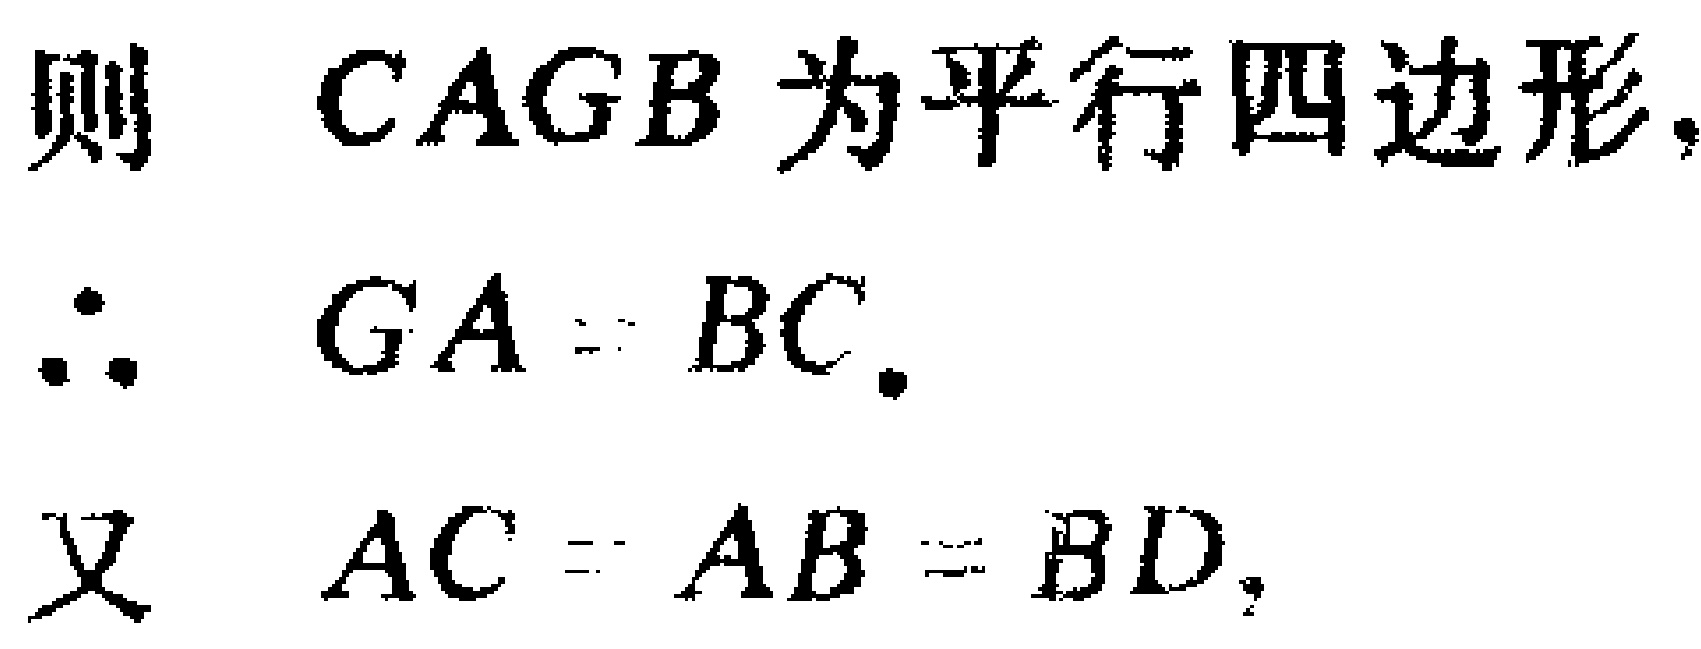
则 \(CAGB\) 为平行四边形,

\(\therefore GA = BC.\)

又 \(AC = AB = BD,\)